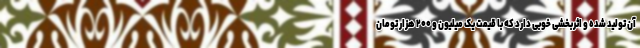
آن تولید شده و اثربخشی خوبی دارد که با قیمت یک میلیون و ۲۰۰ هزار تومان